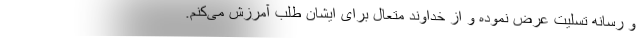
و رسانه تسلیت عرض نموده و از خداوند متعال برای ایشان طلب آمرزش می‌کنم.